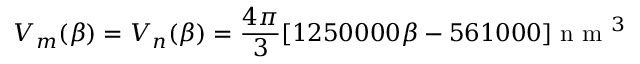
V _ { m } ( \beta ) = V _ { n } ( \beta ) = \frac { 4 \pi } { 3 } [ 1 2 5 0 0 0 0 \beta - 5 6 1 0 0 0 ] \mathrm { ~ n ~ m ~ } ^ { 3 }